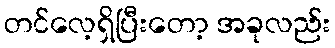
တင်လေ့ရှိပြီးတော့ အခုလည်း